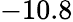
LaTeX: -10.8